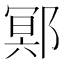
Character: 鄍